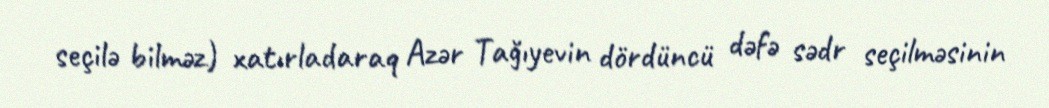
seçilə bilməz) xatırladaraq Azər Tağıyevin dördüncü dəfə sədr seçilməsinin